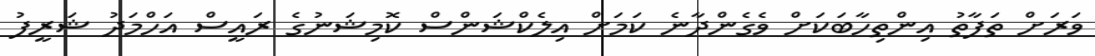
ވަރަށް ތަފާތު އިންތިހާބަކަށް ވެގެންދާނެ ކަމަށް އިލެކްްޝަންސް ކޮމިޝަނުގެ ރައީސް އަހްމަދު ޝަރީފު